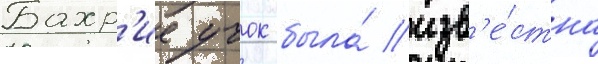
Бахр'ие учок была́ изв'е́стна